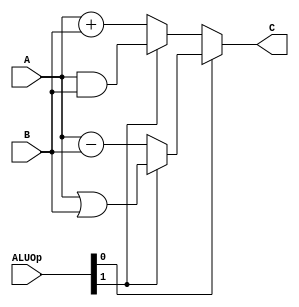
`timescale 1ns / 1ps
//////////////////////////////////////////////////////////////////////////////////
// Company: 
// Engineer: 
// 
// Design Name: 
// Module Name:    alu 
// Project Name: 
// Target Devices: 
// Tool versions: 
// Description: 
//
// Dependencies: 
//
// Revision: 
// Revision 0.01 - File Created
// Additional Comments: 
//
//////////////////////////////////////////////////////////////////////////////////
module alu(
    input [3:0] A,
    input [3:0] B,
    input [1:0] ALUOp,
    output [3:0] C
    );
	
	wire [3:0] out1, out2, out3, out4;

	assign out1 = A + B;
	assign out2 = A - B;
	assign out3 = A & B;
	assign out4 = A | B;
	
	assign C = (ALUOp[0] == 0) ?
			   ((ALUOp[1] == 0) ? out1 : out3) :
			   ((ALUOp[1] == 0) ? out2 : out4);
	
endmodule